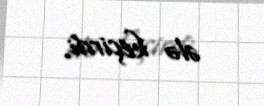
ələ keçirdi.